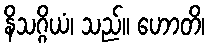
နိသဂ္ဂိယံ၊ သည်။ ဟောတိ၊